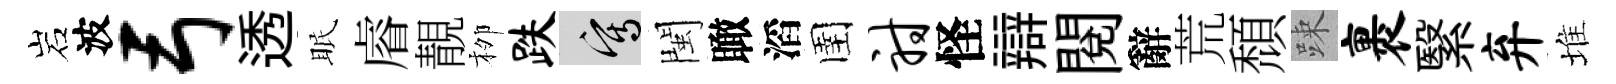
岩波弓透眠𥈠靚栁跌寫閩瞰滔圉射怪辯閲辭荒頹踈裹繄弃堆